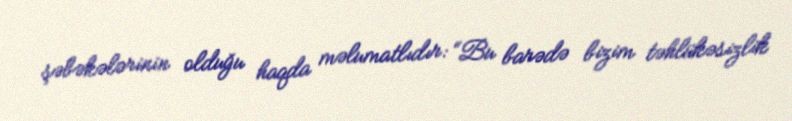
şəbəkələrinin olduğu haqda məlumatlıdır: “Bu barədə bizim təhlükəsizlik